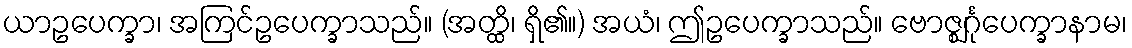
ယာဥပေက္ခာ၊ အကြင်ဥပေက္ခာသည်။ (အတ္ထိ၊ ရှိ၏။) အယံ၊ ဤဥပေက္ခာသည်။ ဗောဇ္ဈင်္ဂုပေက္ခာနာမ၊